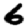
Digit: 6